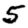
Digit: 5